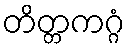
တိတ္တကဂ္ဂံ